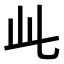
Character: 𬼘